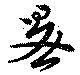
泉